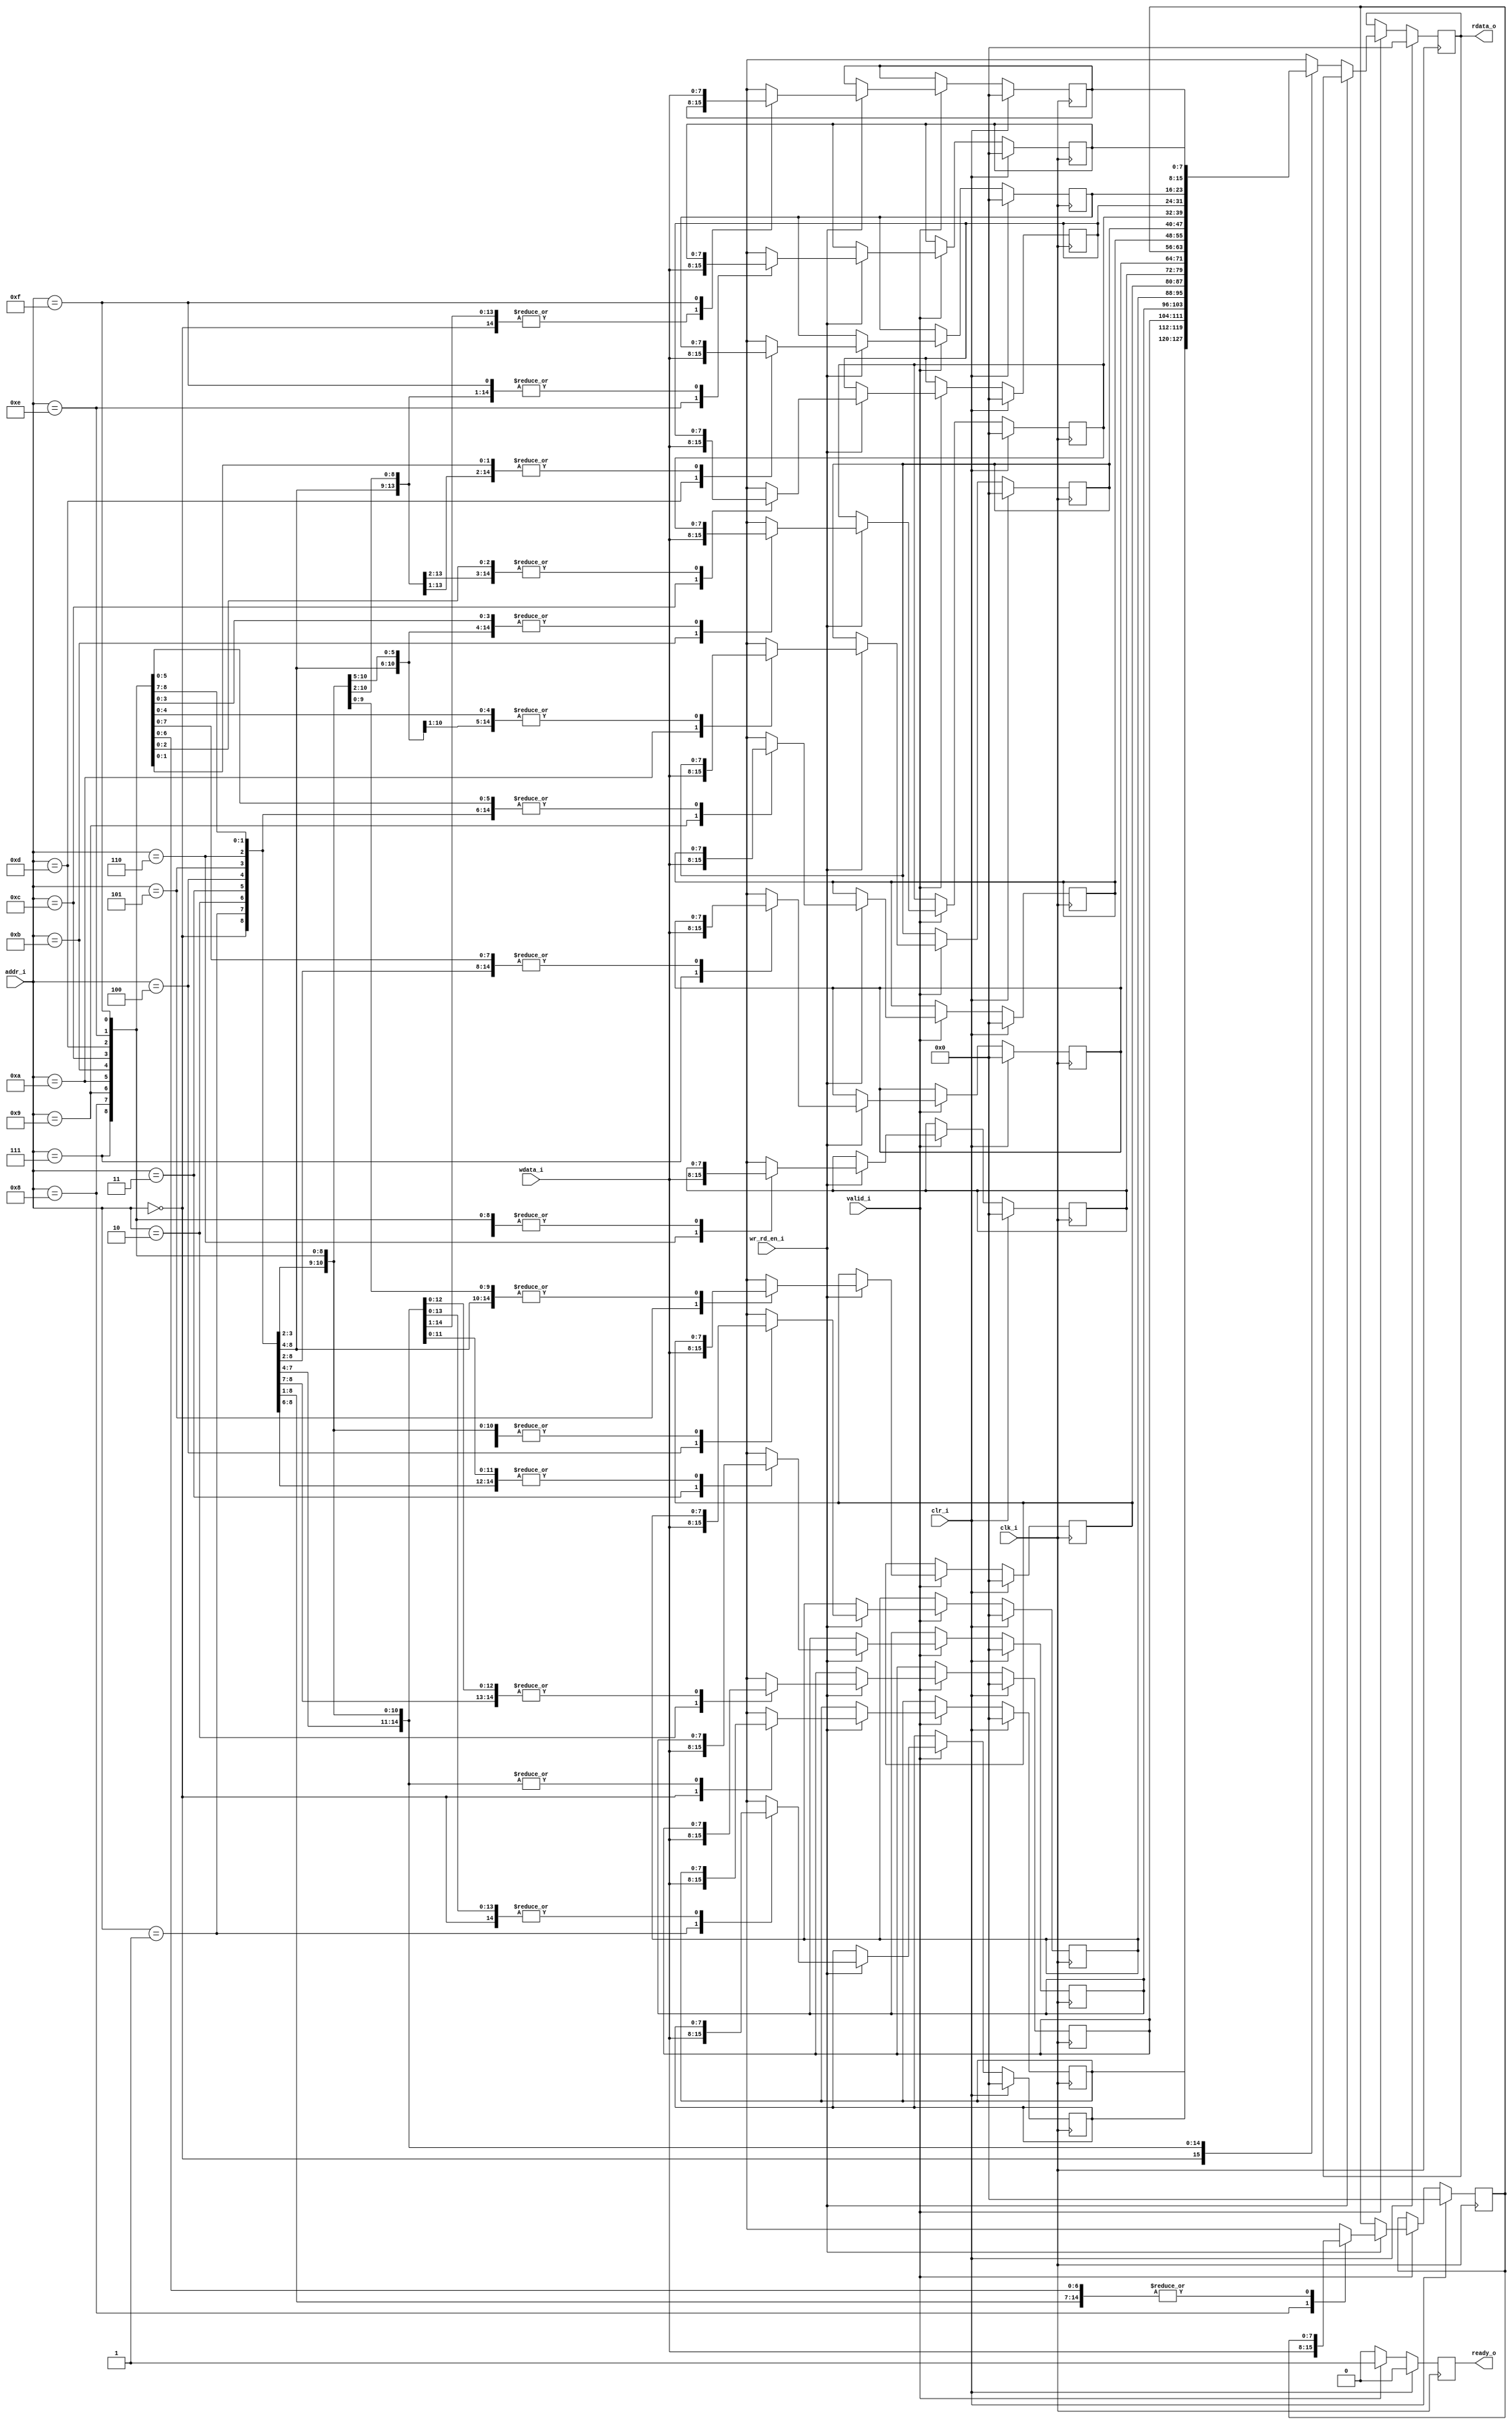
module memory(clk_i,clr_i,addr_i,wdata_i,rdata_o,wr_rd_en_i,valid_i,ready_o);
//parameter declaration
parameter DEPTH=16;
parameter WIDTH=8;
parameter ADDR_WIDTH=$clog2(DEPTH);

//declaring input ports
input clk_i,clr_i,wr_rd_en_i,valid_i;
input [ADDR_WIDTH-1:0]addr_i;
input [WIDTH-1:0]wdata_i;

//declaring output ports
output reg [WIDTH-1:0]rdata_o;
output reg ready_o;

//declaring memory
reg[WIDTH-1:0]mem[DEPTH-1:0];

integer i;

always @(posedge clk_i)begin
	if(clr_i)begin   //if clear is high set all the reg ports to 0
		rdata_o=0;
		ready_o=0;
			for(i=0;i<DEPTH;i=i+1) begin
				mem[i]=0;
			end
		end
	
	else begin
		if (valid_i)begin
		ready_o=1;     //Valid is high and ready also becomes high leading to handshaking and allows CPU to access memory
			if (wr_rd_en_i)begin      //if ReadWriteEnable is high write the signal
				mem[addr_i]=wdata_i;
				end
			else begin                //if ReadWriteEnable is low then read the signal
				rdata_o=mem[addr_i];
				end
			end

		else begin
			ready_o=0;
		end
	end
end
endmodule